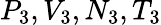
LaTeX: P_{3},V_{3},N_{3},T_{3}